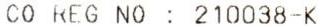
CO REG NO : 210038-K